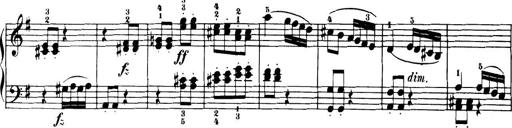
Title: 32 Sonatinas and Rondos for the Piano
Composer: Richard Kleinmichel